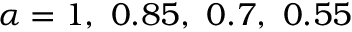
\alpha = 1 , ~ 0 . 8 5 , ~ 0 . 7 , ~ 0 . 5 5